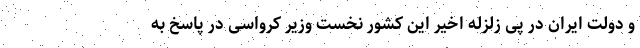
و دولت ایران در پی زلزله اخیر این کشور نخست وزیر کرواسی در پاسخ به